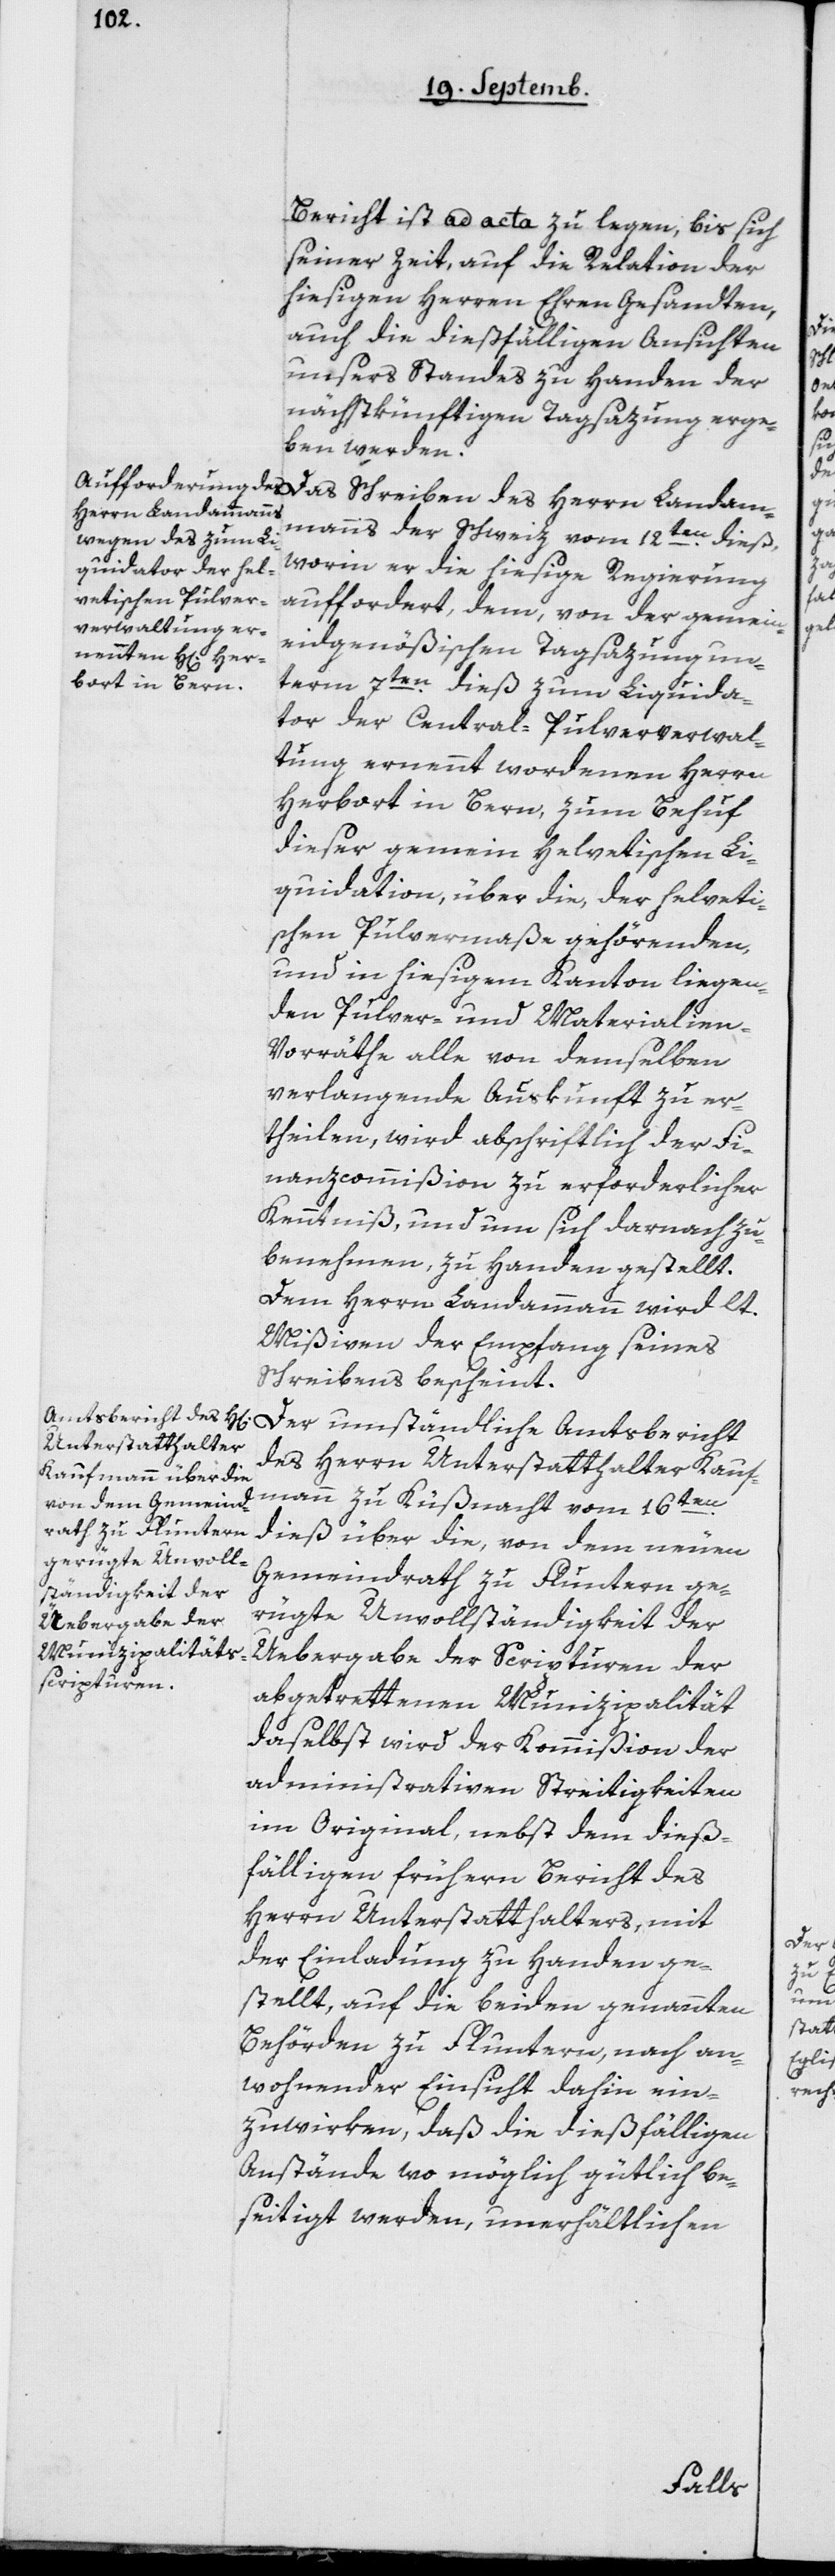
Bericht ist ad acta zu legen, bis sich
seiner Zeit, auf die Relation der
hiesigen Herren Ehrengesandten,
auch die dießfälligen Ansichten
unsers Standes zu Handen der
nächstkünftigen Tagsazung erge¬
ben werden.
Das Schreiben des Herrn Landam¬
manns der Schweiz vom 12ten dieß,
worin er die hiesige Regierung
auffordert, dem von der gemei¬
neydgenößischen Tagsazung un¬
term 7ten dieß zum Liquida¬
tor der Central-Pulververwal¬
tung ernennt wordenen Herrn
Herbort in Bern, zum Behuf
dieser gemein helvetischen Li¬
quidation, über die, der helveti¬
schen Pulvermaße gehörenden
und in hiesigem Kanton liegen¬
den Pulver- und Materialien-V¬
orräthe, alle von demselben
verlangende Auskunft zu er¬
theilen, wird abschriftlich der Fi¬
nanzcommißion zu erforderlicher
Kenntniß und um sich darnach zu
benehmen, zu Handen gestellt.
Dem Herrn Landammann wird lt.
Mißiven der Empfang seines
Schreibens bescheint.
Der umständliche Amtsbericht
des Herrn Unterstatthalter Kauf¬
mann zu Küßnacht vom 16ten
dieß über die, von dem neuen
Gemeindrath zu Fluntern ge¬
rügte Unvollständigkeit der
Übergabe der Scripturen der
abgetrettenen Munizipalität
daselbst, wird der Kommißion der
administrativen Streitigkeiten
im Original, nebst dem dieß¬
fälligen frühern Bericht des
Herrn Unterstatthalters, mit
der Einladung zu Handen ge¬
stellt, auf die beiden genannten
Behörden zu Fluntern, nach an¬
wohnender Einsicht dahin ein¬
zuwirken, daß die dießfälligen
Anstände wo möglich gütlich be¬
seitigt werden, unerhältlichen